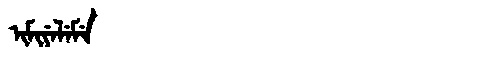
Manchu: ᡳᠮᡳᠶᡝᠯᡝᠮᡝ
Romanization: IMIYELEME